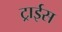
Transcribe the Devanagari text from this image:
ट्राईस